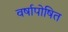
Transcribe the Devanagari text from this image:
वर्षापोषित